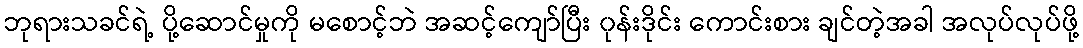
ဘုရားသခင်ရဲ့ ပို့ဆောင်မှုကို မစောင့်ဘဲ အဆင့်ကျော်ပြီး ၀ုန်းဒိုင်း ကောင်းစား ချင်တဲ့အခါ အလုပ်လုပ်ဖို့